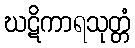
ဃဋိကာရသုတ္တံ